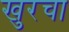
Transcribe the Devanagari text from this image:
खुरचा